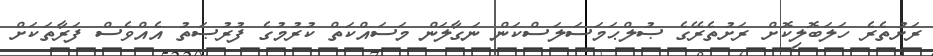
ރަށުތެރެ ހަލަބޮލިކޮށް ރަށުތެރޭގެ ޞުލްޙަމަސަލަސްކަން ނަގާލަން މަސައްކަތް ކުރުމުގެ ފުރުޞަތު އެއްވެސް ފަރާތަކަށް